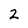
Character: Z